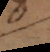
e